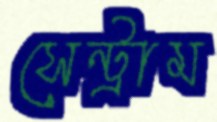
সেন্ট্রাম